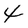
Character: 4